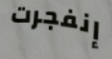
إنفجرت